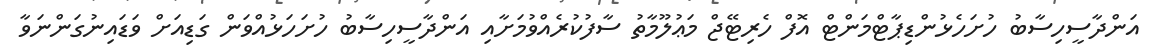
އަންދާސީހިސާބު ހުށަހެޅުންޑިޕާޓްމަންޓް އޮފް ހެރިޓޭޖް މަޢުލޫމާތު ސާފުކުރެއްވުމަށާއި އަންދާސީހިސާބު ހުށަހަޅުއްވަން ގަޑިއަށް ވަޑައިނުގަންނަވާ